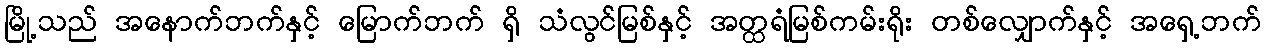
မြို့သည် အနောက်ဘက်နှင့် မြောက်ဘက် ရှိ သံလွင်မြစ်နှင့် အတ္ထရံမြစ်ကမ်းရိုး တစ်လျှောက်နှင့် အရှေ့ဘက်